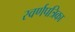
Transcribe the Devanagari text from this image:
स्वर्णपत्रिका